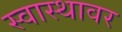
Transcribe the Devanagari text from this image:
स्वास्थावर